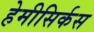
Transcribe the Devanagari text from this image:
हेमीसिर्कस